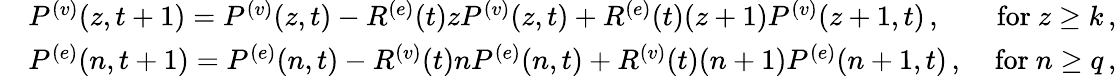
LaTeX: \begin{array}{r}{\begin{array}{rlr}&{P^{(v)}({z},{t+1})=P^{(v)}({z},{t})-R^{(e)}(t)zP^{(v)}({z},{t})+R^{(e)}(t)(z+1)P^{(v)}({z+1},{t})\, ,}&{\mathrm{~for~}z\ge k\, ,}\\ &{P^{(e)}({n},{t+1})=P^{(e)}({n},{t})-R^{(v)}(t)nP^{(e)}({n},{t})+R^{(v)}(t)(n+1)P^{(e)}({n+1},{t})\, ,}&{\mathrm{~for~}n\ge q\, ,}\end{array}}\end{array}